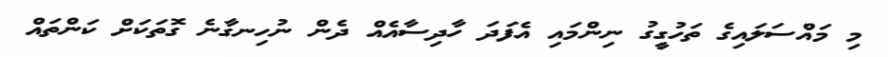
މި މައްސަލައިގެ ތަހުގީގު ނިންމައި އެފަދަ ހާދިސާއެއް ދެން ނުހިނގާނެ ގޮތަކަށް ކަންތައް